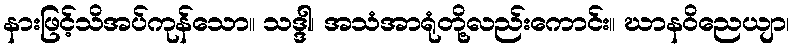
နားဖြင့်သိအပ်ကုန်သော။ သဒ္ဒါ၊ အသံအာရုံတို့လည်းကောင်း။ ဃာနဝိညေယျာ၊